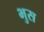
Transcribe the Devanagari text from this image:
भुस